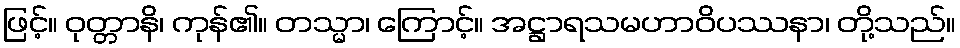
ဖြင့်။ ဝုတ္တာနိ၊ ကုန်၏။ တသ္မာ၊ ကြောင့်။ အဋ္ဌာရသမဟာဝိပဿနာ၊ တို့သည်။